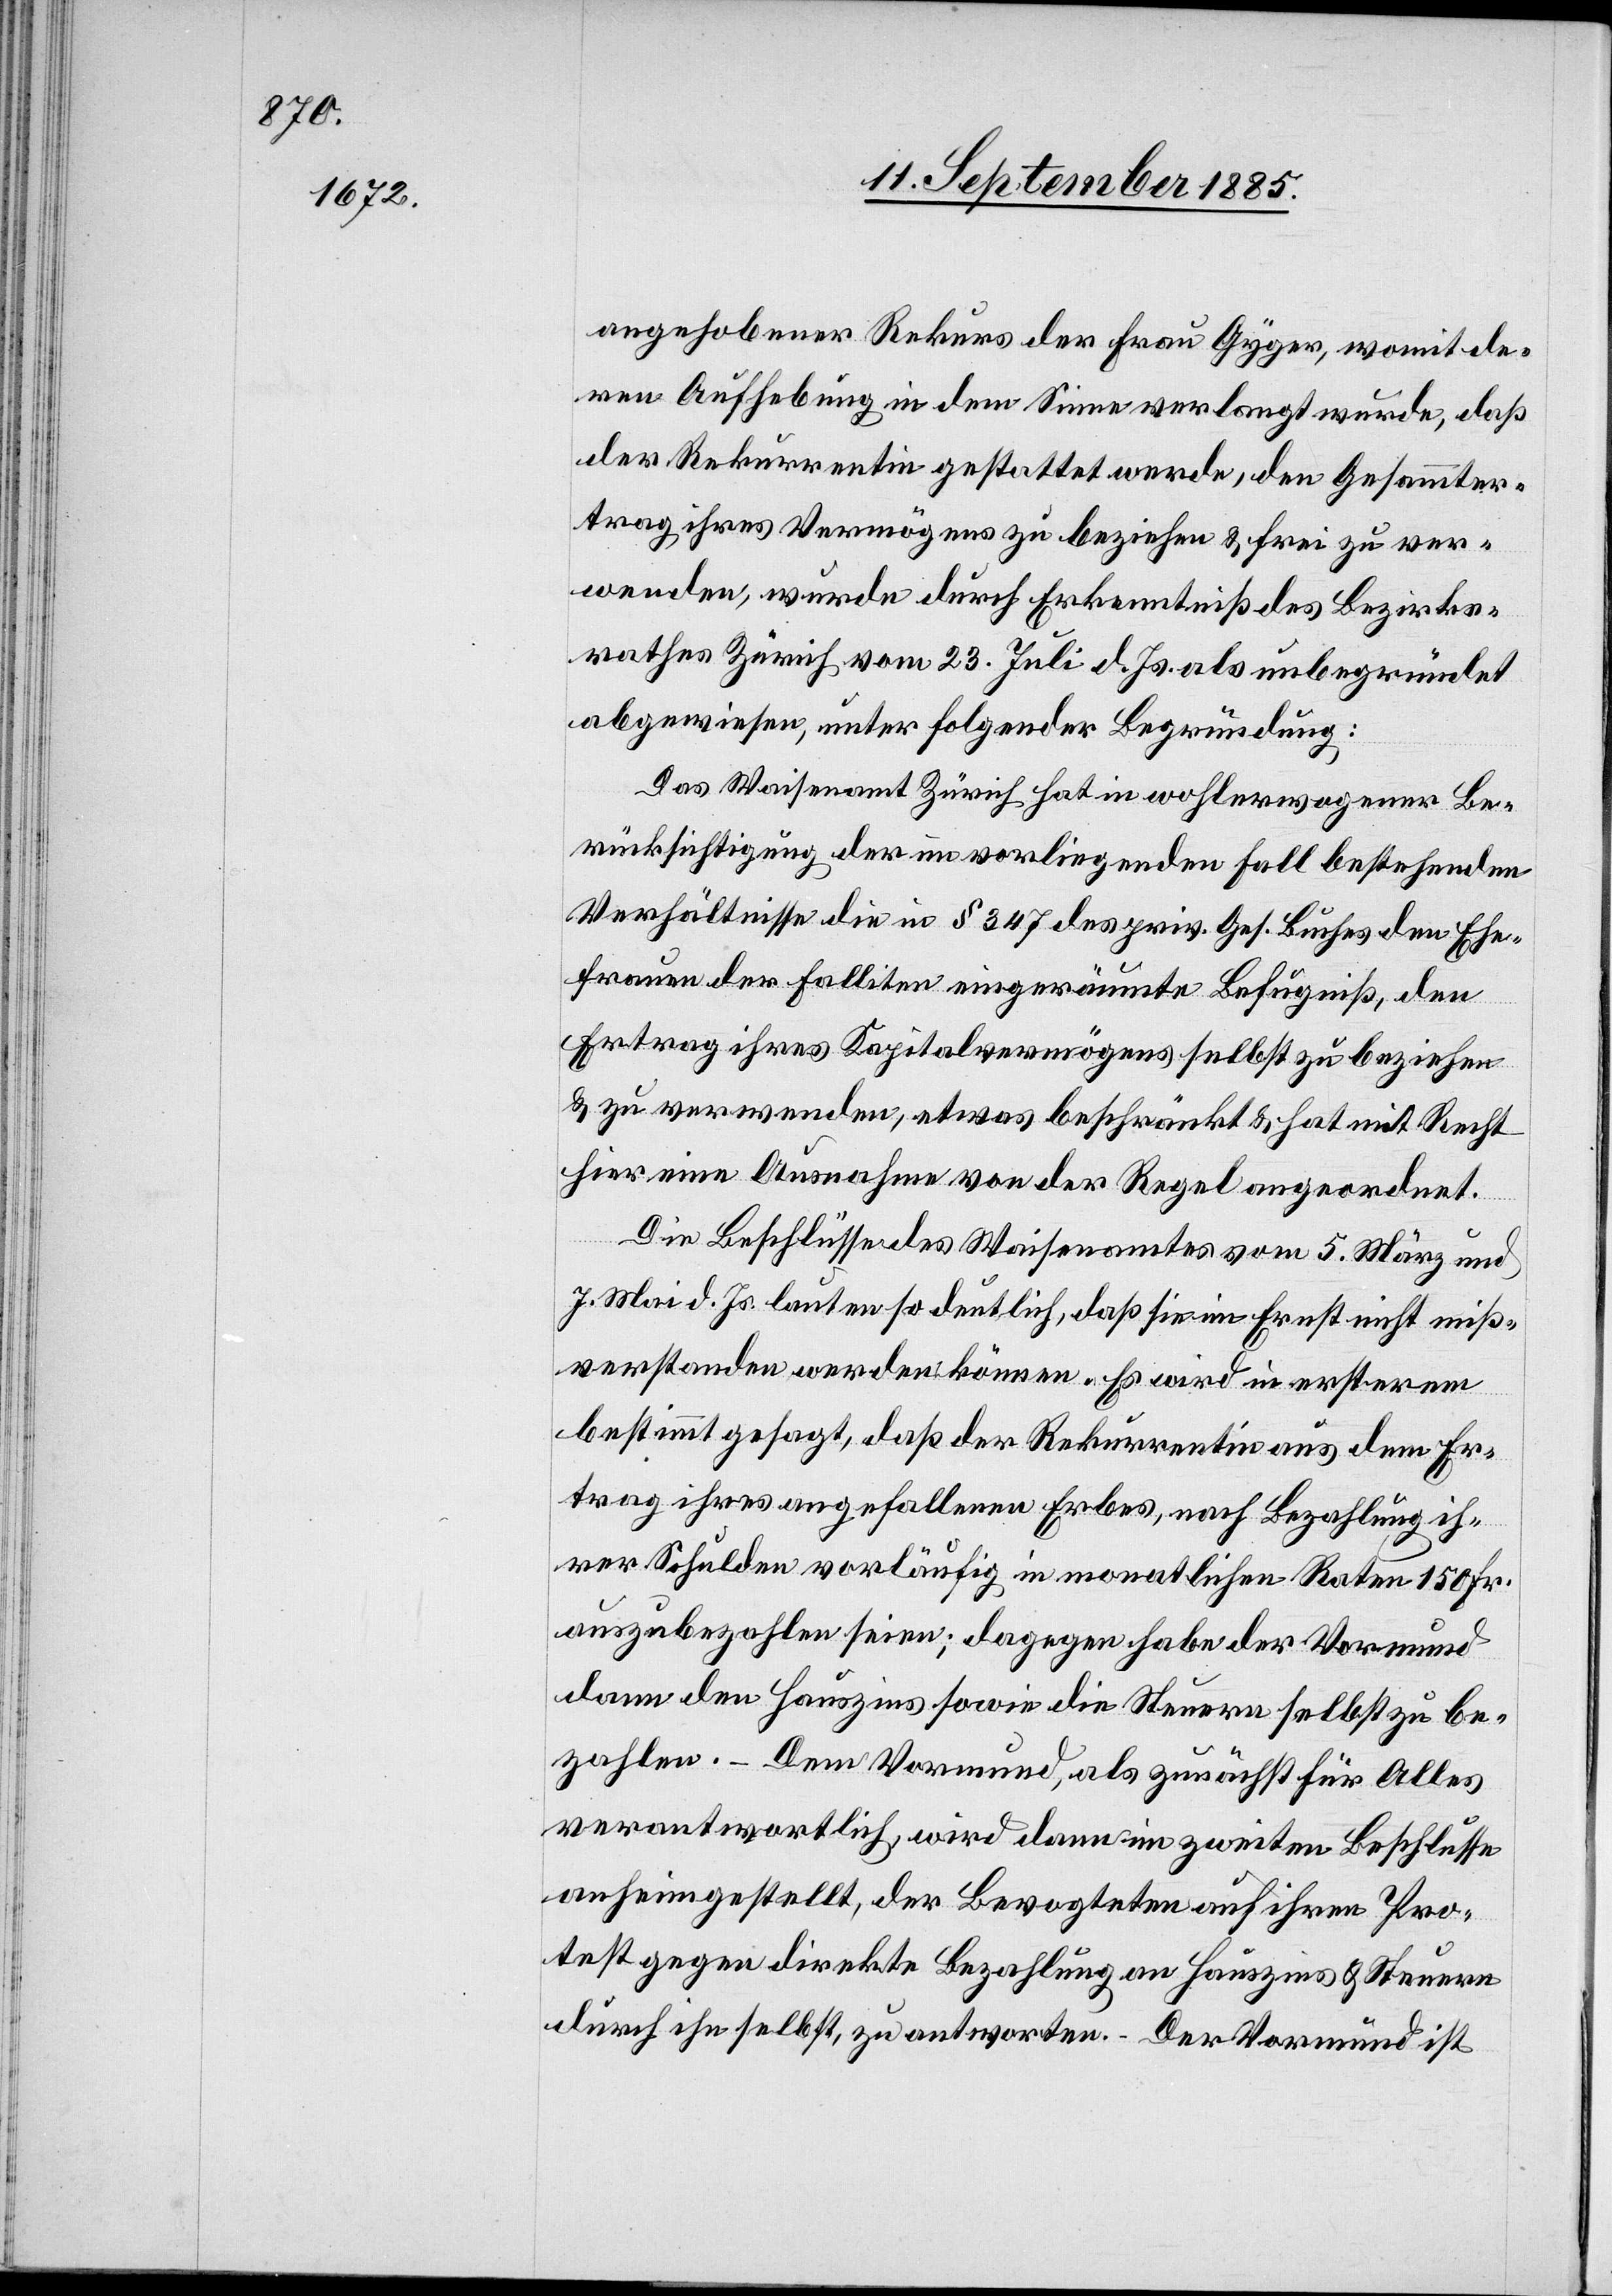
angehobener Rekurs der Frau Gyger, womit de¬
ren Aufhebung in dem Sinne verlangt wurde, daß
der Rekurrentin gestattet werde, den Gesammter¬
trag ihres Vermögens zu beziehen & frei zu ver¬
wenden, wurde durch Erkenntniß des Bezirks¬
rates Zürich vom 23. Juli d. Js. als unbegründet
abgewiesen, unter folgender Begründung:
Das Waisenamt Zürich hat in wohlerwogener Be¬
rücksichtigung der im vorliegenden Fall bestehenden
Verhältnisse die in § 347 des priv. Ges. Buches den Ehe¬
frauen der Falliten eingeräumte Befugniß, den
Ertrag ihres Kapitalvermögens selbst zu beziehen
& zu verwenden, etwas beschränkt & hat mit Recht
hier eine Ausnahme von der Regel angeordnet.
Die Beschlüsse des Waisenamtes vom 5. März und
7. Mai d. Js. lauten so deutlich, daß sie im Ernst nicht miß¬
verstanden werden können. Es wird in ersterem
bestimmt gesagt, daß der Rekurrentin aus dem Er¬
trag ihres angefallenen Erbes, nach Bezahlung ih¬
rer Schulden vorläufig in monatlichen Raten 150 Fr.
auszubezahlen sein; dagegen habe der Vormund
dann den Hauszins sowie die Steuern selbst zu be¬
zahlen. – Dem Vormund, als zunächst für Alles
verantwortlich, wird dann im zweiten Beschlusse
anheimgestellt, der Bevogteten auf ihren Pro¬
test gegen direkte Bezahlung an Hauszins & Steuern
durch ihn selbst, zu antworten. Der Vormund ist